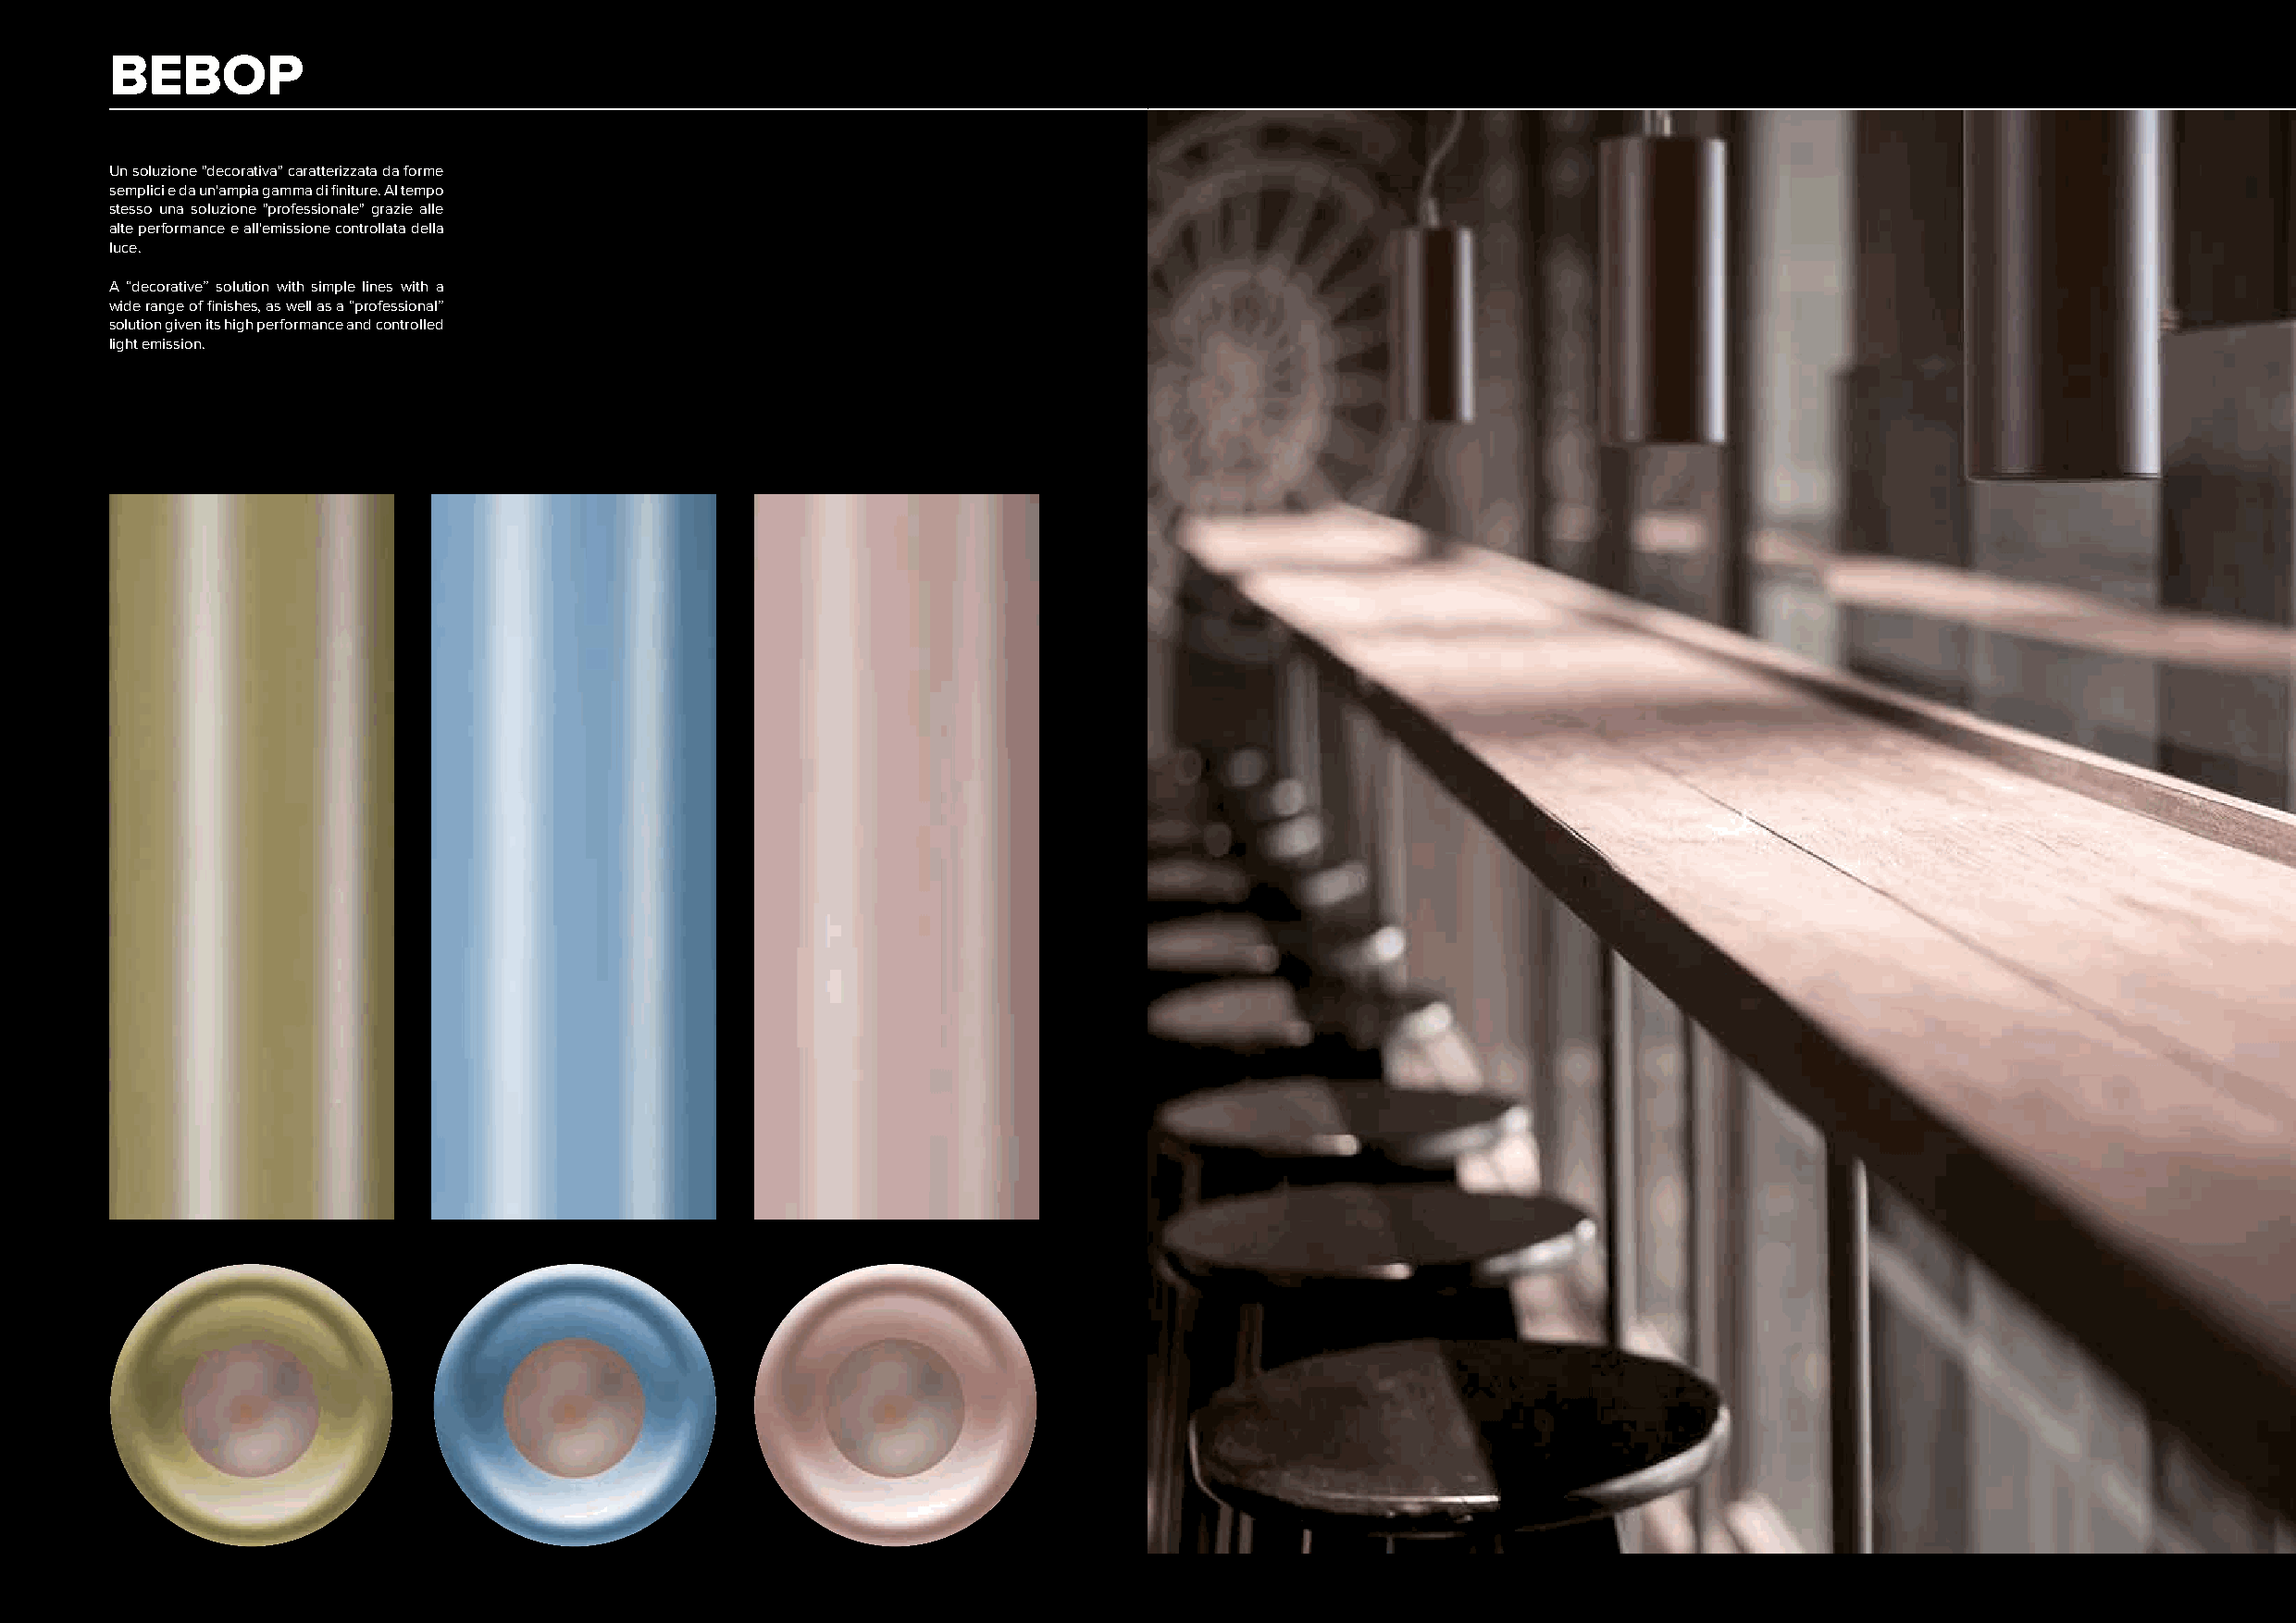
BEBOP
 Un soluzione "decorativa" caratterizzata da forme
 semplici e da un'ampia gamma di finiture. Al tempo
 stesso una soluzione "professionale" grazie alle
 alte performance e all'emissione controllata della
 luce.
 A “decorative” solution with simple lines with a
 wide range of finishes, as well as a “professional”
 solution given its high performance and controlled
 light emission.
 118                                                                                                                                                119